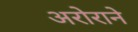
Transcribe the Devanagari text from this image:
अरोराने